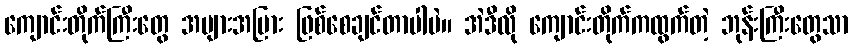
ကျောင်းတိုက်ကြီးတွေ အများအပြား ဖြစ်စေချင်တာပါပဲ။ အဲဒီလို ကျောင်းတိုက်ကထွက်တဲ့ ဘုန်းကြီးတွေသာ